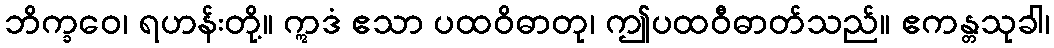
ဘိက္ခဝေ၊ ရဟန်းတို့။ ဣဒံ ဧသာ ပထဝိဓာတု၊ ဤပထဝီဓာတ်သည်။ ဧကန္တသုခါ၊